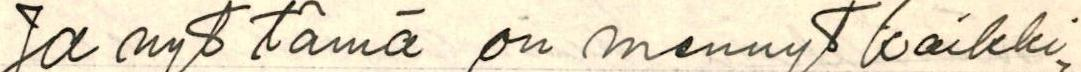
Ja nyt tämä on mennyt kaikki